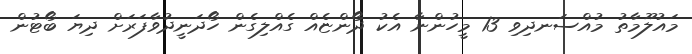
މައުލޫމާތު މުއްސަނދިވި 13 މީހުންނާ އެކު ދޯންޏެއް ގެއްލިގެން ހޯދަނީދުވާފަރަށް ދިޔަ ބޯޓުން